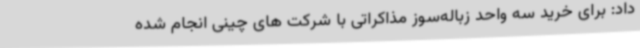
داد: برای خرید سه واحد زباله‌سوز مذاکراتی با شرکت های چینی انجام شده